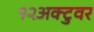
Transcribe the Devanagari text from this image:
१२अक्टुवर